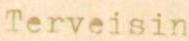
Terveisin